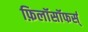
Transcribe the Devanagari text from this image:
फ़िलॉसॉफर्स्